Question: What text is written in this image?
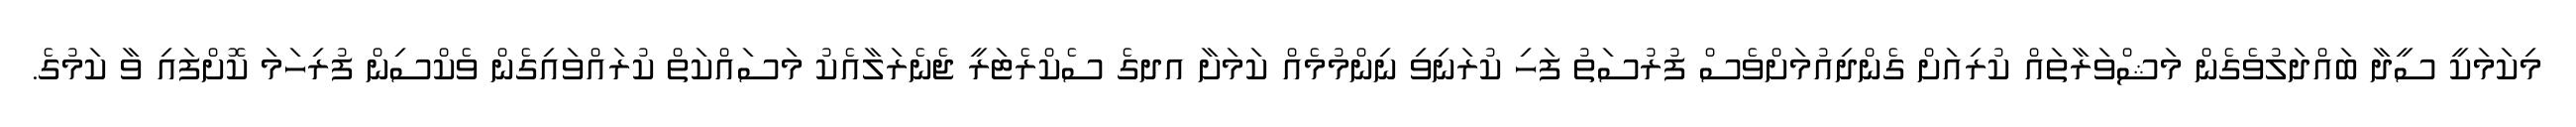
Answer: މިކަމަކީ ސީދާ ބައްދަލުވެގެން މަޝްވަރާތައް ކުރިއަށް ގެންދިއުމަށްވެސް ފުރުސަތު ފަހި ކުރަނިވި ނިންމުމެއް ކަމަށާ އދގެ ސެކްރެޓަރީ ޖެނެރަލާއެކު މަސައްކަތް ކުރައްވައިގެން ވެކްސިން ފުރިހަމަ ކޮށްފައި ވާ ކަމުގެ.